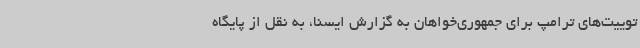
توییت‌های ترامپ برای جمهوری‌خواهان به گزارش ایسنا، به نقل از پایگاه